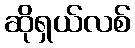
ဆိုရှယ်လစ်